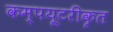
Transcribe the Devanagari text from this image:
कम्‍पयूटरीकृत